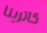
كاترينا